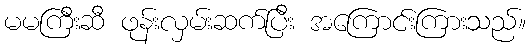
မမကြီးဆီ ဖုန်းလှမ်းဆက်ပြီး အကြောင်းကြားသည်။